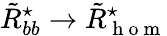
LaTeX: \tilde{R}_{bb}^{\star}\rightarrow\tilde{R}_{\mathrm{~h~o~m~}}^{\star}